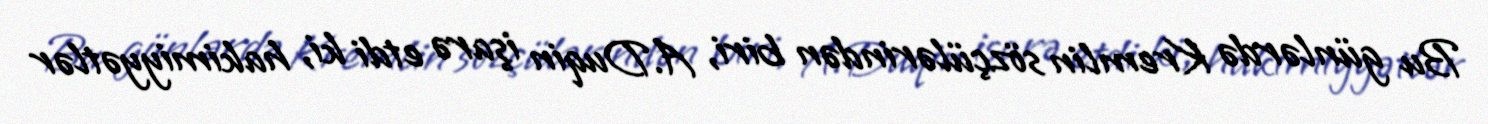
Bu günlərdə Kremlin sözçülərindən biri, A.Duqin işarə etdi ki, hakimiyyətlər